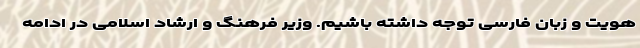
هویت و زبان فارسی توجه داشته باشیم. وزیر فرهنگ و ارشاد اسلامی در ادامه